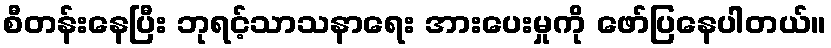
စီတန်းနေပြီး ဘုရင့်သာသနာရေး အားပေးမှုကို ဖော်ပြနေပါတယ်။